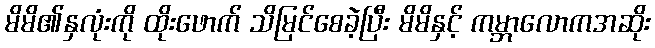
မိမိ၏နှလုံးကို ထိုးဖောက် သိမြင်စေခဲ့ပြီး မိမိနှင့် ကမ္ဘာလောကအဆိုး